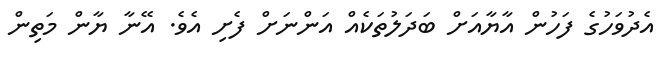
އެދުވަހުގެ ފަހުން އާޔާއަށް ބަދަލުތަކެއް އަންނަށް ފެށި އެވެ. އޭނާ ޔާން މަތިން